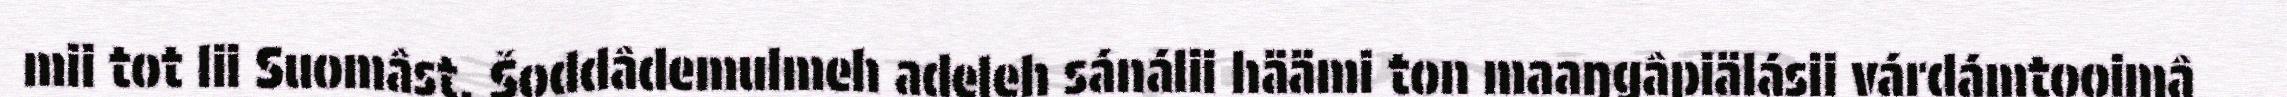
mii tot lii Suomâst. Šoddâdemulmeh adeleh sánálii häämi ton maaŋgâpiälásii várdámtooimâ